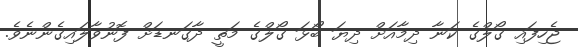
ޖެހިފައި ގޯލްގެ ކަނާ ދިމާއަށް ދިޔަ ބޯޅަ ގޯލްގެ މަތީ ދާގަނޑަށް ފޮނުވާލައިގެންނެވެ.